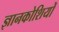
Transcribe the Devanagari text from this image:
ज्ञानकोशियों